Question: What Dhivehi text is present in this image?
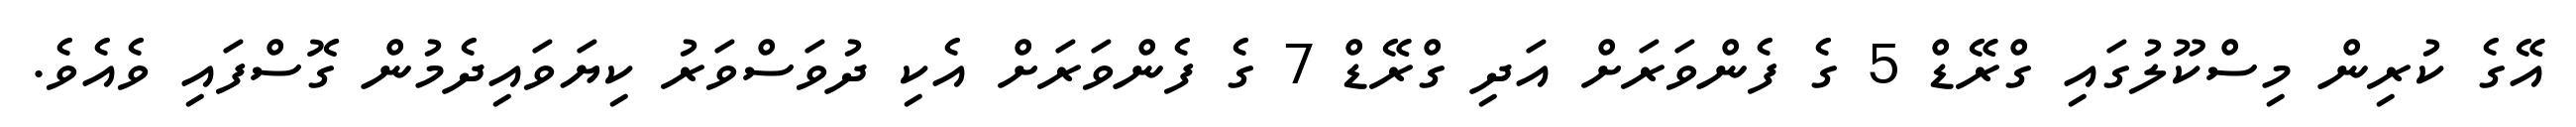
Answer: އޭގެ ކުރިން މިސްކޫލުގައި ގްރޭޑް 5 ގެ ފެންވަރަށް އަދި ގްރޭޑް 7 ގެ ފެންވަރަށް އެކި ދުވަސްވަރު ކިޔަވައިދެމުން ގޮސްފައި ވެއެވެ.